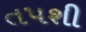
તપશી